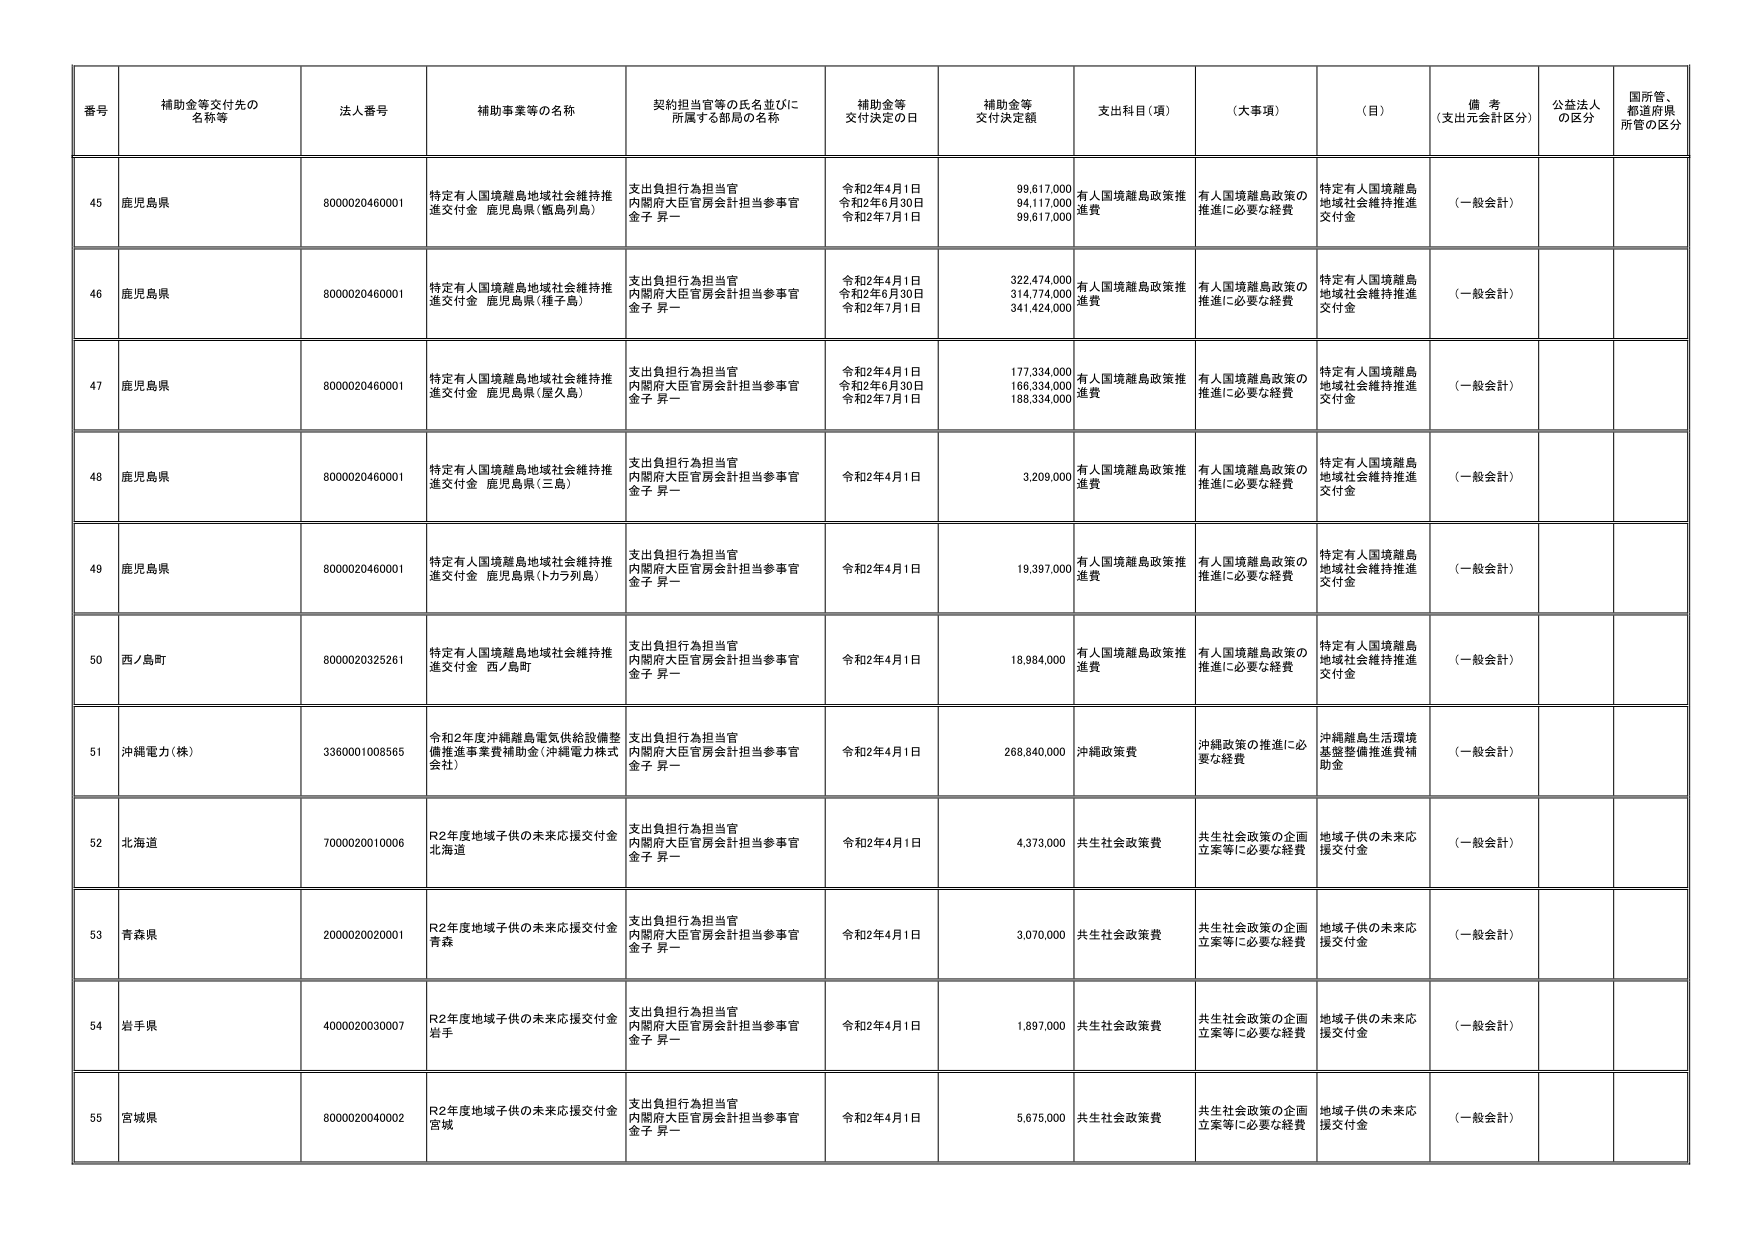
番号 補助金等交付先の名称等 法人番号 補助事業等の名称 契約担当官等の氏名並びに所属する部局の名称 補助金等交付決定の日 補助金等交付決定額 支出科目（項） （大事項） （目） 備考（支出元会計区分） 公益法人の区分 国所管、都道府県所管の区分

45 鹿児島県 8000020460001 特定有人国境離島地域社会維持推進交付金 鹿児島県（甑島列島） 支出負担行為担当官 内閣府大臣官房会計担当参事官 金子 昇一 令和2年4月1日 令和2年6月30日 令和2年7月1日 99,617,000 94,117,000 99,617,000 有人国境離島政策推進費 有人国境離島政策の推進に必要な経費 特定有人国境離島地域社会維持推進交付金 （一般会計）

46 鹿児島県 8000020460001 特定有人国境離島地域社会維持推進交付金 鹿児島県（種子島） 支出負担行為担当官 内閣府大臣官房会計担当参事官 金子 昇一 令和2年4月1日 令和2年6月30日 令和2年7月1日 322,474,000 314,774,000 341,424,000 有人国境離島政策推進費 有人国境離島政策の推進に必要な経費 特定有人国境離島地域社会維持推進交付金 （一般会計）

47 鹿児島県 8000020460001 特定有人国境離島地域社会維持推進交付金 鹿児島県（屋久島） 支出負担行為担当官 内閣府大臣官房会計担当参事官 金子 昇一 令和2年4月1日 令和2年6月30日 令和2年7月1日 177,334,000 166,334,000 186,334,000 有人国境離島政策推進費 有人国境離島政策の推進に必要な経費 特定有人国境離島地域社会維持推進交付金 （一般会計）

48 鹿児島県 8000020460001 特定有人国境離島地域社会維持推進交付金 鹿児島県（三島） 支出負担行為担当官 内閣府大臣官房会計担当参事官 金子 昇一 令和2年4月1日 3,209,000 有人国境離島政策推進費 有人国境離島政策の推進に必要な経費 特定有人国境離島地域社会維持推進交付金 （一般会計）

49 鹿児島県 8000020460001 特定有人国境離島地域社会維持推進交付金 鹿児島県（トカラ列島） 支出負担行為担当官 内閣府大臣官房会計担当参事官 金子 昇一 令和2年4月1日 19,397,000 有人国境離島政策推進費 有人国境離島政策の推進に必要な経費 特定有人国境離島地域社会維持推進交付金 （一般会計）

50 西ノ島町 8000020325261 特定有人国境離島地域社会維持推進交付金 西ノ島町 支出負担行為担当官 内閣府大臣官房会計担当参事官 金子 昇一 令和2年4月1日 18,984,000 有人国境離島政策推進費 有人国境離島政策の推進に必要な経費 特定有人国境離島地域社会維持推進交付金 （一般会計）

51 沖縄電力（株） 3360001008565 令和2年度沖縄離島電気供給設備整備推進事業費補助金（沖縄電力株式会社） 支出負担行為担当官 内閣府大臣官房会計担当参事官 金子 昇一 令和2年4月1日 268,840,000 沖縄政策費 沖縄政策の推進に必要な経費 沖縄離島生活環境基盤整備推進費補助金 （一般会計）

52 北海道 7000020010006 R2年度地域子供の未来応援交付金 北海道 支出負担行為担当官 内閣府大臣官房会計担当参事官 金子 昇一 令和2年4月1日 4,373,000 共生社会政策費 共生社会政策の企画立案等に必要な経費 地域子供の未来応援交付金 （一般会計）

53 青森県 2000020020001 R2年度地域子供の未来応援交付金 青森 支出負担行為担当官 内閣府大臣官房会計担当参事官 金子 昇一 令和2年4月1日 3,070,000 共生社会政策費 共生社会政策の企画立案等に必要な経費 地域子供の未来応援交付金 （一般会計）

54 岩手県 4000020030007 R2年度地域子供の未来応援交付金 岩手 支出負担行為担当官 内閣府大臣官房会計担当参事官 金子 昇一 令和2年4月1日 1,897,000 共生社会政策費 共生社会政策の企画立案等に必要な経費 地域子供の未来応援交付金 （一般会計）

55 宮城県 8000020040002 R2年度地域子供の未来応援交付金 宮城 支出負担行為担当官 内閣府大臣官房会計担当参事官 金子 昇一 令和2年4月1日 5,675,000 共生社会政策費 共生社会政策の企画立案等に必要な経費 地域子供の未来応援交付金 （一般会計）